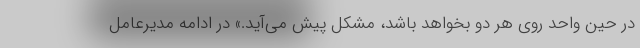
در حین واحد روی هر دو بخواهد باشد، مشکل پیش می‌آید.» در ادامه مدیرعامل